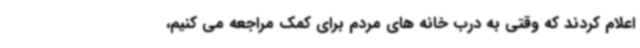
اعلام کردند که وقتی به درب خانه های مردم برای کمک مراجعه می کنیم،